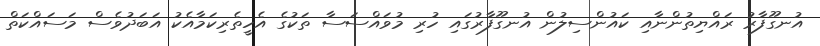
އުނގޫފާރު ރައްޔިތުންނާއި ކައުންސިލުން އުނގޫފާރުގައި ހުރި މުވައްސަސާ ތަކުގެ އެހީތެރިކަމާއެކު އަބަދުވެސް މަސައްކަތް